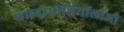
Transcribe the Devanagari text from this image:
फाइटोसोशियॉलाजी